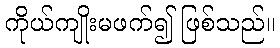
ကိုယ်ကျိုးမဖက်၍ ဖြစ်သည်။